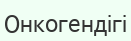
Онкогендігі